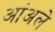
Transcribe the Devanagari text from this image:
आंअले